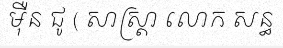
ម៉ឺន ជូ ( សាស្ត្រា លោក សន្ធ